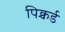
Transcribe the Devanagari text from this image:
पिक्चर्ड